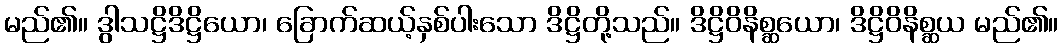
မည်၏။ ဒွါသဋ္ဌိဒိဋ္ဌိယော၊ ခြောက်ဆယ့်နှစ်ပါးသော ဒိဋ္ဌိတို့သည်။ ဒိဋ္ဌိဝိနိစ္ဆယော၊ ဒိဋ္ဌိဝိနိစ္ဆယ မည်၏။